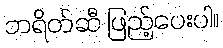
ဘရိတ်ဆီ ဖြည့်ပေးပါ။